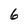
Character: 6